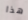
هذا